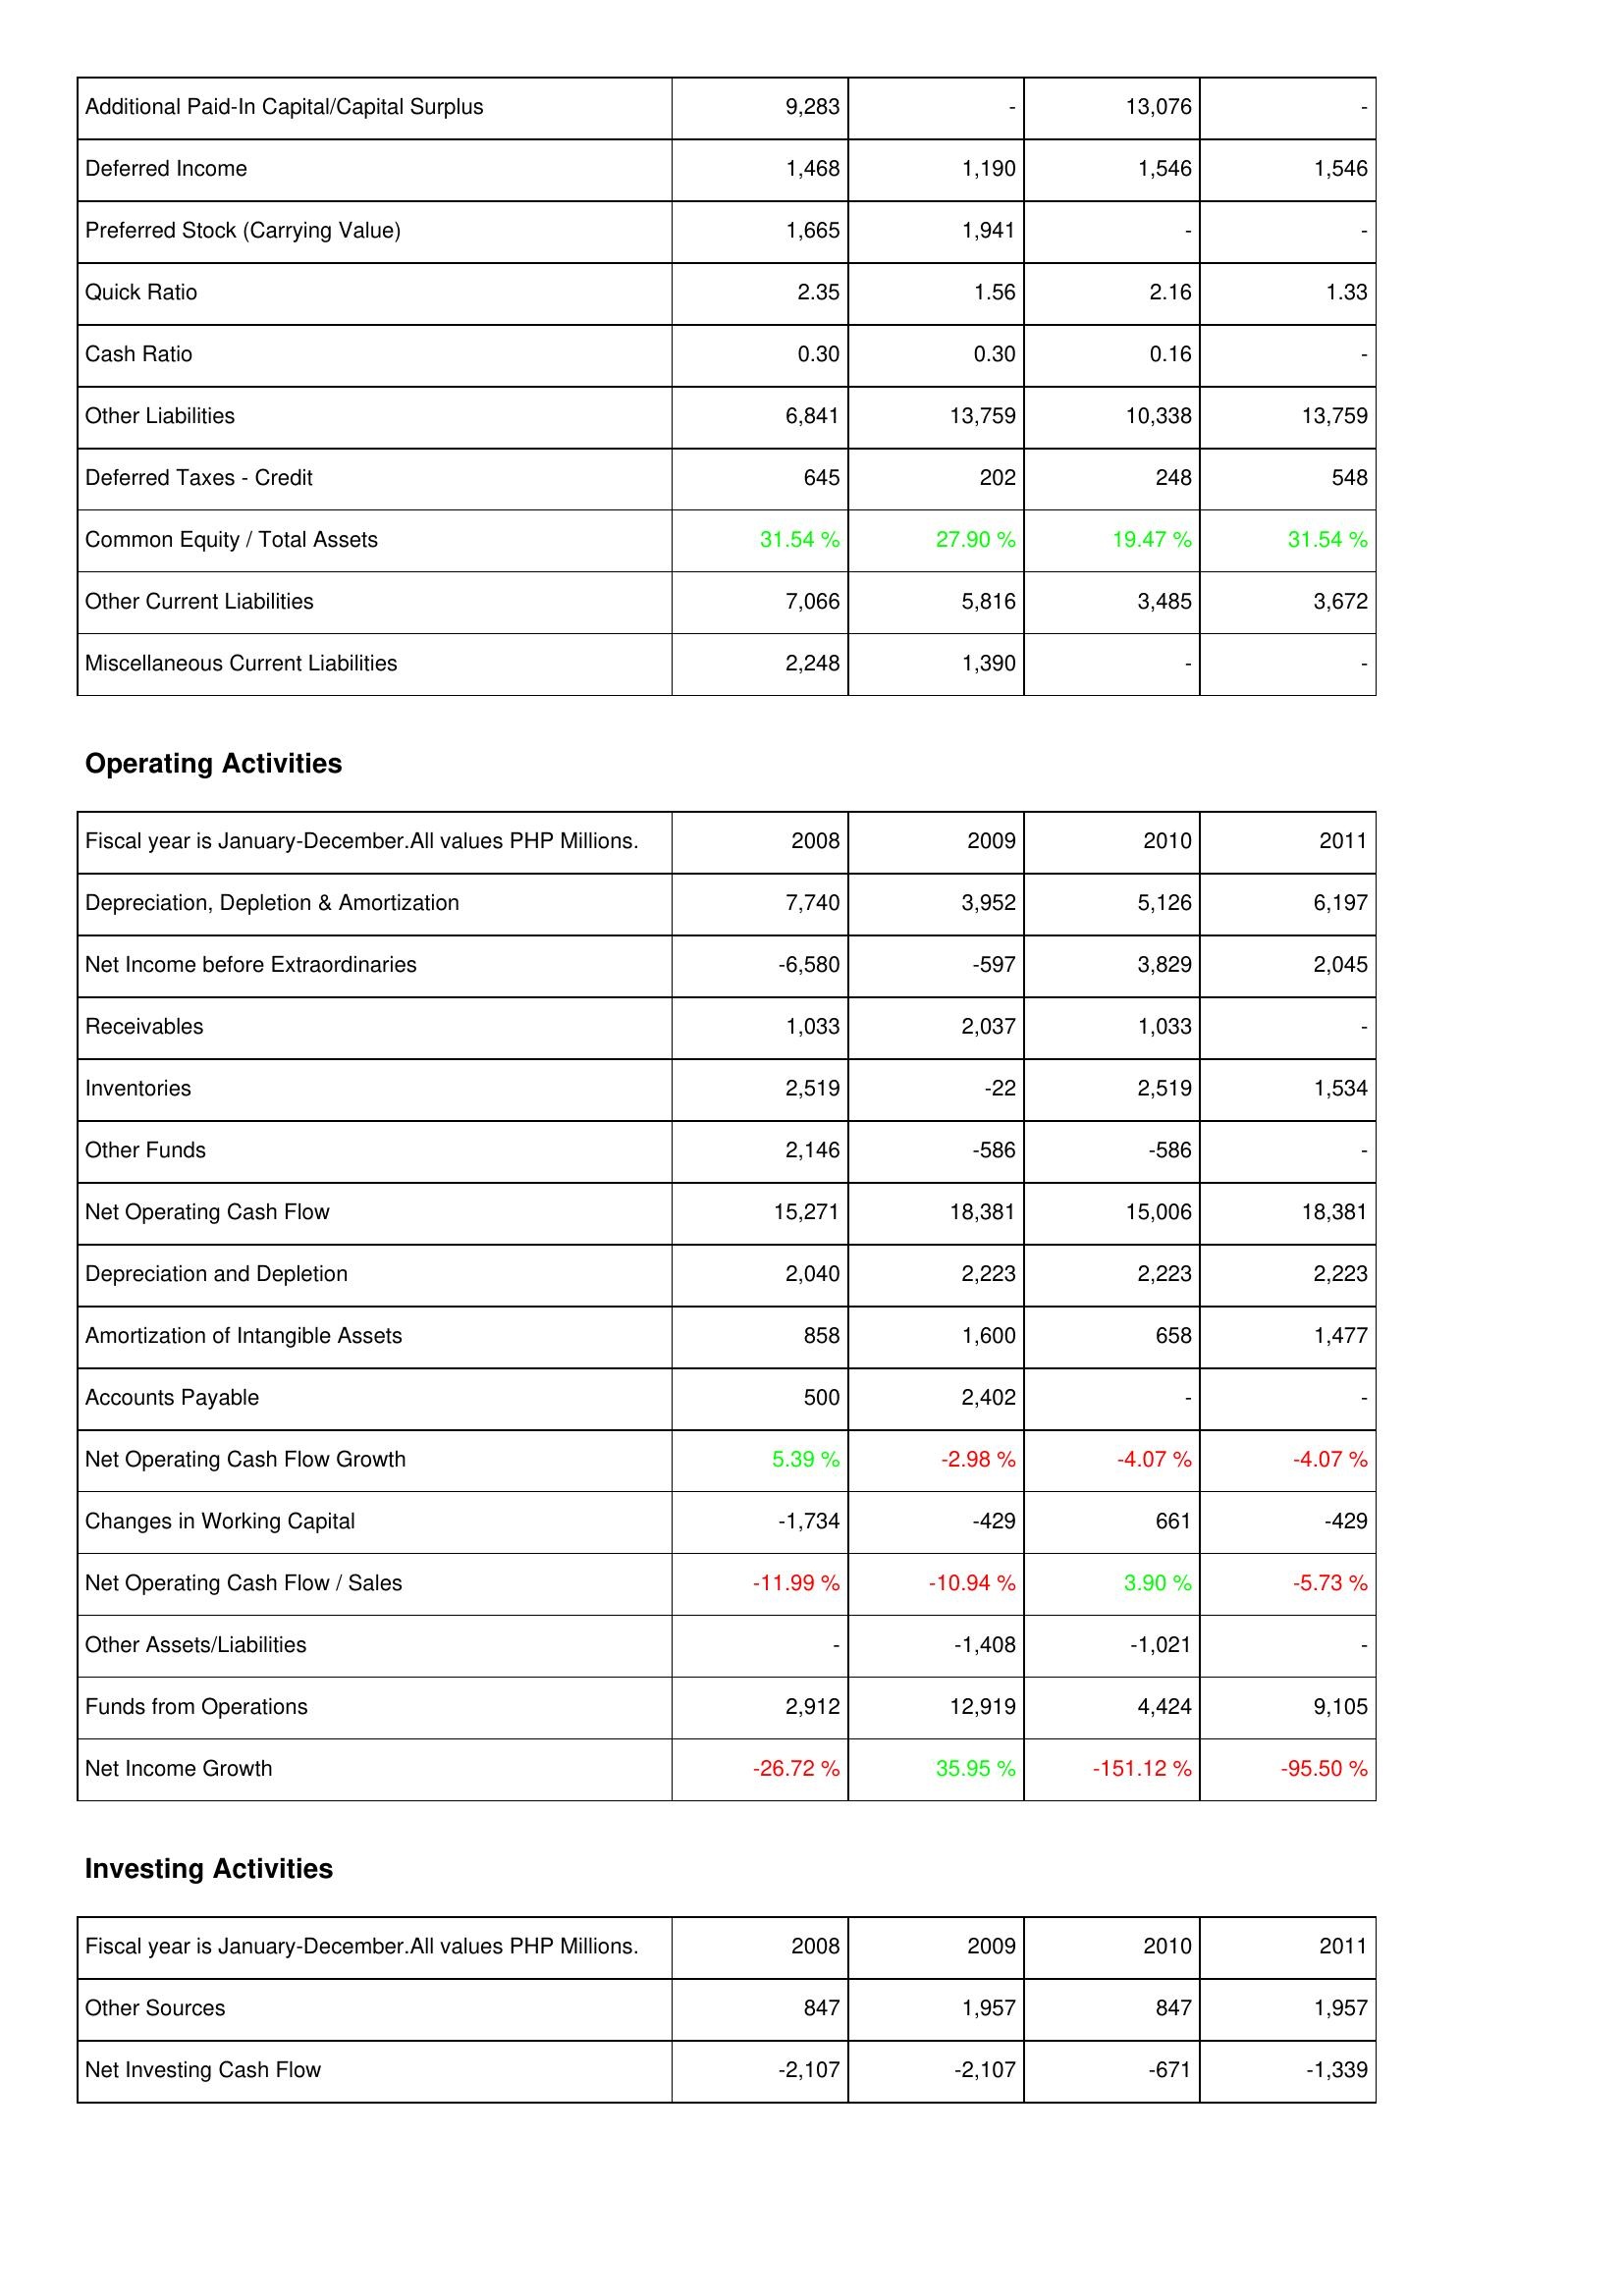
2008: Liabilities & Shareholders' Equity: Additional Paid-In Capital/Capital Surplus: 9,283
Deferred Income: 1,468
Preferred Stock (Carrying Value): 1,665
Quick Ratio: 2.35
Cash Ratio: 0.30
Other Liabilities: 6,841
Deferred Taxes - Credit: 645
Common Equity / Total Assets: 31.54 %
Other Current Liabilities: 7,066
Miscellaneous Current Liabilities: 2,248
Operating Activities: Depreciation, Depletion & Amortization: 7,740
Net Income before Extraordinaries: -6,580
Receivables: 1,033
Inventories: 2,519
Other Funds: 2,146
Net Operating Cash Flow: 15,271
Depreciation and Depletion: 2,040
Amortization of Intangible Assets: 858
Accounts Payable: 500
Net Operating Cash Flow Growth: 5.39 %
Changes in Working Capital: -1,734
Net Operating Cash Flow / Sales: -11.99 %
Other Assets/Liabilities: -
Funds from Operations: 2,912
Net Income Growth: -26.72 %
Investing Activities: Other Sources: 847
Net Investing Cash Flow: -2,107
2009: Liabilities & Shareholders' Equity: Additional Paid-In Capital/Capital Surplus: -
Deferred Income: 1,190
Preferred Stock (Carrying Value): 1,941
Quick Ratio: 1.56
Cash Ratio: 0.30
Other Liabilities: 13,759
Deferred Taxes - Credit: 202
Common Equity / Total Assets: 27.90 %
Other Current Liabilities: 5,816
Miscellaneous Current Liabilities: 1,390
Operating Activities: Depreciation, Depletion & Amortization: 3,952
Net Income before Extraordinaries: -597
Receivables: 2,037
Inventories: -22
Other Funds: -586
Net Operating Cash Flow: 18,381
Depreciation and Depletion: 2,223
Amortization of Intangible Assets: 1,600
Accounts Payable: 2,402
Net Operating Cash Flow Growth: -2.98 %
Changes in Working Capital: -429
Net Operating Cash Flow / Sales: -10.94 %
Other Assets/Liabilities: -1,408
Funds from Operations: 12,919
Net Income Growth: 35.95 %
Investing Activities: Other Sources: 1,957
Net Investing Cash Flow: -2,107
2010: Liabilities & Shareholders' Equity: Additional Paid-In Capital/Capital Surplus: 13,076
Deferred Income: 1,546
Preferred Stock (Carrying Value): -
Quick Ratio: 2.16
Cash Ratio: 0.16
Other Liabilities: 10,338
Deferred Taxes - Credit: 248
Common Equity / Total Assets: 19.47 %
Other Current Liabilities: 3,485
Miscellaneous Current Liabilities: -
Operating Activities: Depreciation, Depletion & Amortization: 5,126
Net Income before Extraordinaries: 3,829
Receivables: 1,033
Inventories: 2,519
Other Funds: -586
Net Operating Cash Flow: 15,006
Depreciation and Depletion: 2,223
Amortization of Intangible Assets: 658
Accounts Payable: -
Net Operating Cash Flow Growth: -4.07 %
Changes in Working Capital: 661
Net Operating Cash Flow / Sales: 3.90 %
Other Assets/Liabilities: -1,021
Funds from Operations: 4,424
Net Income Growth: -151.12 %
Investing Activities: Other Sources: 847
Net Investing Cash Flow: -671
2011: Liabilities & Shareholders' Equity: Additional Paid-In Capital/Capital Surplus: -
Deferred Income: 1,546
Preferred Stock (Carrying Value): -
Quick Ratio: 1.33
Cash Ratio: -
Other Liabilities: 13,759
Deferred Taxes - Credit: 548
Common Equity / Total Assets: 31.54 %
Other Current Liabilities: 3,672
Miscellaneous Current Liabilities: -
Operating Activities: Depreciation, Depletion & Amortization: 6,197
Net Income before Extraordinaries: 2,045
Receivables: -
Inventories: 1,534
Other Funds: -
Net Operating Cash Flow: 18,381
Depreciation and Depletion: 2,223
Amortization of Intangible Assets: 1,477
Accounts Payable: -
Net Operating Cash Flow Growth: -4.07 %
Changes in Working Capital: -429
Net Operating Cash Flow / Sales: -5.73 %
Other Assets/Liabilities: -
Funds from Operations: 9,105
Net Income Growth: -95.50 %
Investing Activities: Other Sources: 1,957
Net Investing Cash Flow: -1,339